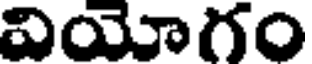
వియోగం